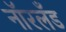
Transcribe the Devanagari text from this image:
नॉरलँड